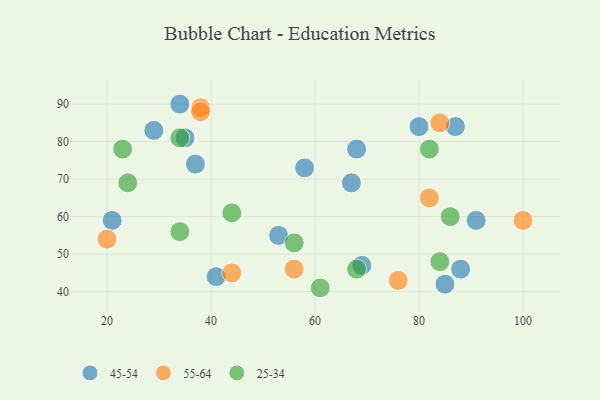
{"axis": {"x": "GDP", "y": "Life Expectancy"}, "legend": ["25-34", "45-54", "55-64"], "data": [{"x": "87", "y": 84, "type": "45-54"}, {"x": "69", "y": 47, "type": "45-54"}, {"x": "41", "y": 44, "type": "45-54"}, {"x": "85", "y": 42, "type": "45-54"}, {"x": "58", "y": 73, "type": "45-54"}, {"x": "67", "y": 69, "type": "45-54"}, {"x": "29", "y": 83, "type": "45-54"}, {"x": "34", "y": 90, "type": "45-54"}, {"x": "88", "y": 46, "type": "45-54"}, {"x": "21", "y": 59, "type": "45-54"}, {"x": "91", "y": 59, "type": "45-54"}, {"x": "37", "y": 74, "type": "45-54"}, {"x": "68", "y": 78, "type": "45-54"}, {"x": "35", "y": 81, "type": "45-54"}, {"x": "80", "y": 84, "type": "45-54"}, {"x": "53", "y": 55, "type": "45-54"}, {"x": "38", "y": 89, "type": "55-64"}, {"x": "38", "y": 88, "type": "55-64"}, {"x": "100", "y": 59, "type": "55-64"}, {"x": "76", "y": 43, "type": "55-64"}, {"x": "84", "y": 85, "type": "55-64"}, {"x": "20", "y": 54, "type": "55-64"}, {"x": "56", "y": 46, "type": "55-64"}, {"x": "44", "y": 45, "type": "55-64"}, {"x": "82", "y": 65, "type": "55-64"}, {"x": "24", "y": 69, "type": "25-34"}, {"x": "86", "y": 60, "type": "25-34"}, {"x": "61", "y": 41, "type": "25-34"}, {"x": "23", "y": 78, "type": "25-34"}, {"x": "84", "y": 48, "type": "25-34"}, {"x": "82", "y": 78, "type": "25-34"}, {"x": "34", "y": 56, "type": "25-34"}, {"x": "44", "y": 61, "type": "25-34"}, {"x": "56", "y": 53, "type": "25-34"}, {"x": "68", "y": 46, "type": "25-34"}, {"x": "34", "y": 81, "type": "25-34"}]}